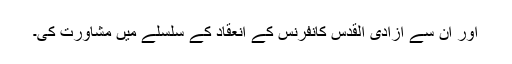
اور ان سے آزادی القدس کانفرنس کے انعقاد کے سلسلے میں مشاورت کی۔